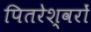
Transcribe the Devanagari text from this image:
पितरेश्वरों